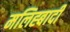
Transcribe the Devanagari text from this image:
मलिह्बादी